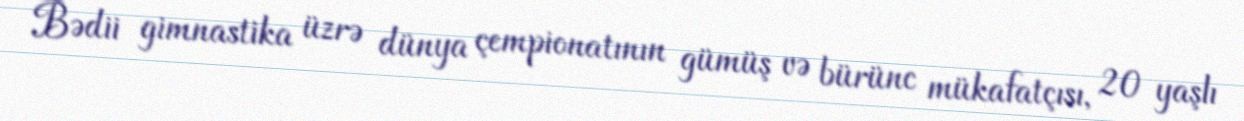
Bədii gimnastika üzrə dünya çempionatının gümüş və bürünc mükafatçısı, 20 yaşlı